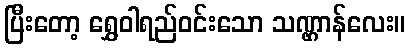
ပြီးတော့ ရွှေဝါရည်ဝင်းသော သဏ္ဌာန်လေး။